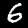
Digit: 6